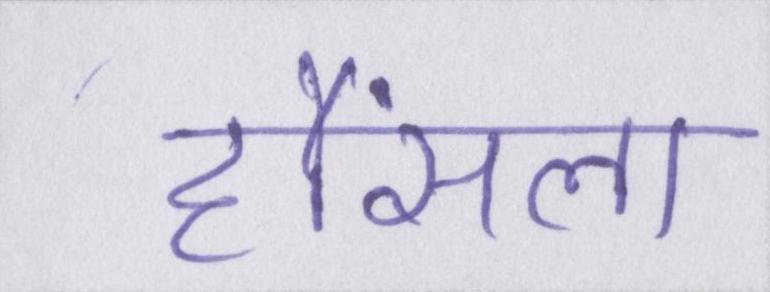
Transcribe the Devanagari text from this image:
हौंसला